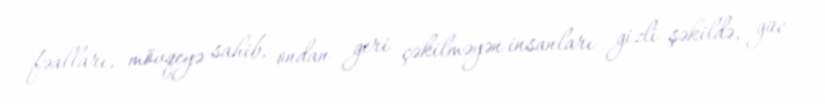
fəalları, mövqeyə sahib, ondan geri çəkilməyən insanları gizli şəkildə, güc